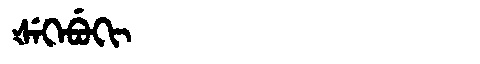
Manchu: ᡧᡝᡴᡝᠪᡠᡴᡳ
Romanization: ŠEKEBUKI